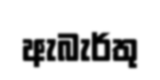
ඇබැර්තු